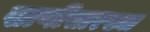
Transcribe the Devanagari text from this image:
खाणींसारख्या